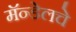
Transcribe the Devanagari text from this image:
मॅन्डेलचे